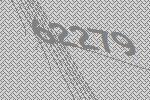
62279